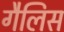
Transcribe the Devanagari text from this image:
गैलिस